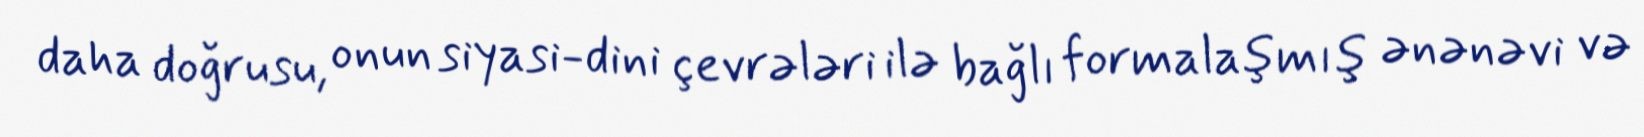
daha doğrusu, onun siyasi-dini çevrələri ilə bağlı formalaşmış ənənəvi və